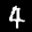
Label: 4